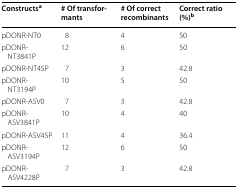
| Constructsa | # Of transformants | # Of correct recombinants | Correct ratio (%)b |
 | --- | --- | --- | --- |
 | pDONR-NT0 | 8 | 4 | 50 |
 | pDONR-NT3841P | 12 | 6 | 50 |
 | pDONR-NT45P | 7 | 3 | 42.8 |
 | pDONR-NT3194P | 10 | 5 | 50 |
 | pDONR-ASV0 | 7 | 3 | 42.8 |
 | pDONR-ASV3841P | 10 | 4 | 40 |
 | pDONR-ASV45P | 11 | 4 | 36.4 |
 | pDONR-ASV3194P | 12 | 6 | 50 |
 | pDONR-ASV4228P | 7 | 3 | 42.8 |